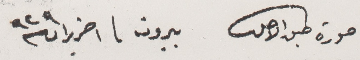
صورة طبق الاصل       بيروت ١ حزيران ٩٢٩